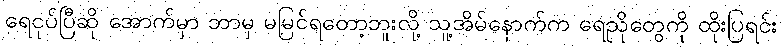
ရေငုပ်ပြီဆို အောက်မှာ ဘာမှ မမြင်ရတော့ဘူးလို့ သူ့အိမ်နောက်က ရေညိုတွေကို ထိုးပြရင်း